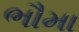
ભૌમા